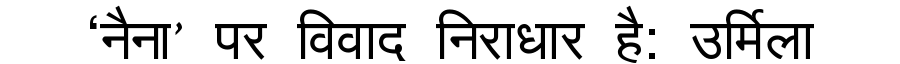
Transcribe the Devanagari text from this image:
‘नैना’ पर विवाद निराधार है: उर्मिला